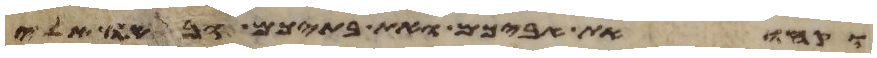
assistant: וקחו את אביכם ואת בתיכם ובאו אלי